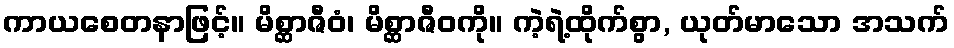
ကာယစေတနာဖြင့်။ မိစ္ဆာဇီဝံ၊ မိစ္ဆာဇီဝကို။ ကဲ့ရဲ့ထိုက်စွာ, ယုတ်မာသော အသက်